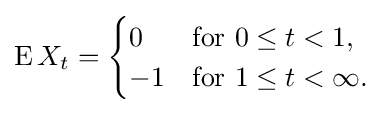
\displaystyle \operatorname {E} X_{t}={\begin{cases}0&{\text{for }}0\leq t<1,\\-1&{\text{for }}1\leq t<\infty .\end{cases}}